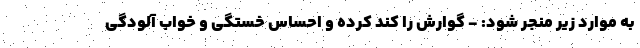
به موارد زیر منجر شود: - گوارش را کند کرده و احساس خستگی و خواب آلودگی